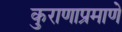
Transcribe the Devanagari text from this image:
कुराणाप्रमाणे